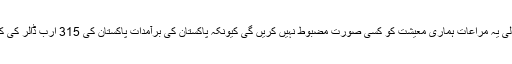
صرف برآمدی شعبے کو دی جانے والی یہ مراعات ہماری معیشت کو کسی صورت مضبوط نہیں کریں گی کیونکہ پاکستان کی برآمدات پاکستان کی 315 ارب ڈالر کی کُل ملکی پیداوار کا صرف 8 فیصد ہیں۔